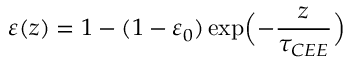
\varepsilon ( z ) = 1 - ( 1 - \varepsilon _ { 0 } ) \exp \Bigl ( - \frac { z } { \tau _ { C E E } } \Bigr )